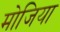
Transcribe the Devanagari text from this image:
मोजिया